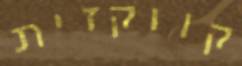
קווקזית